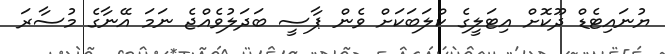
ޔުނައިޓެޑް ދޫކޮށް އިޓަލީގެ ކްލަބަކަށް ވެން ޕާސީ ބަދަލުވެއްޖެ ނަަމަ އޭނާގެ މުސާރަ